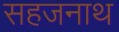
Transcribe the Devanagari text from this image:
सहजनाथ